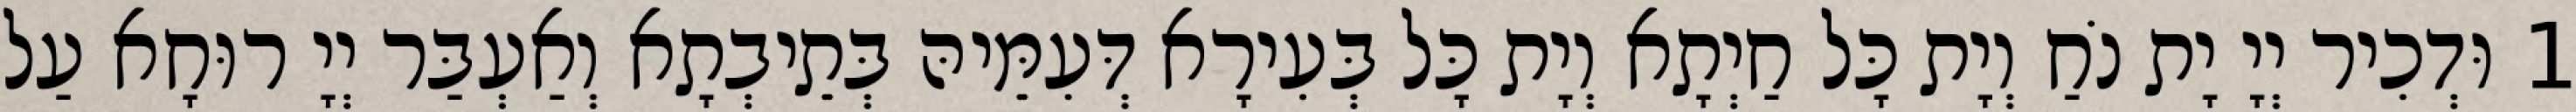
1 וּדְכִיר יְיָ יָת נֹחַ וְיָת כָּל חַיְתָא וְיָת כָּל בְּעִירָא דְּעִמֵּיהּ בְּתֵיבְתָא וְאַעְבַּר יְיָ רוּחָא עַל